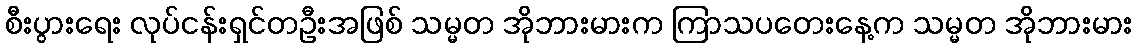
စီးပွားရေး လုပ်ငန်းရှင်တဦးအဖြစ် သမ္မတ အိုဘားမားက ကြာသပတေးနေ့က သမ္မတ အိုဘားမား